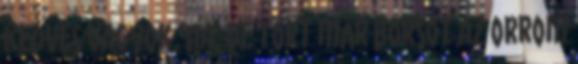
kedves vagyok, na. De tört már borsot az orrom